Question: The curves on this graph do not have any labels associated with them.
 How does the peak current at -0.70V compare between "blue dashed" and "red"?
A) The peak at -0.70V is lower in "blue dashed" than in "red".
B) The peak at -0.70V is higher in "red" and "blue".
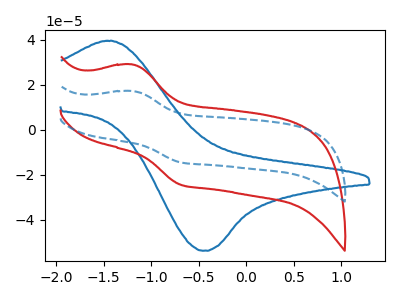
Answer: <think>The blue curve "blue" has an anodic peak at (-1.40V, 39.50uA) and a cathodic peak at (-0.45V, -53.70uA). The red curve "red" has an anodic peak at (-1.20V, 28.95uA) and a cathodic peak at (-0.70V, -24.30uA). The blue dashed curve "blue dashed" has an anodic peak at (-1.20V, 17.20uA) and a cathodic peak at (-0.70V, -14.40uA).</think>
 <answer>A) The peak at -0.70V is lower in "blue dashed" than in "red".</answer>
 <eval>A</eval>